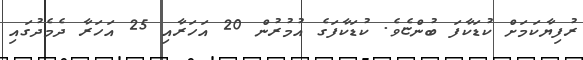
ރުފިޔާކަމަށް ކުޑަކާފަ ބުންޏެވެ. ކުޑަކާފަގެ އުމުރުން 20 އަހަރާއި 25 އަހަރާ ދެމެދުގައި